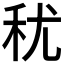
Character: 𮂱